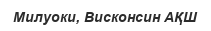
Милуоки, Висконсин АҚШ